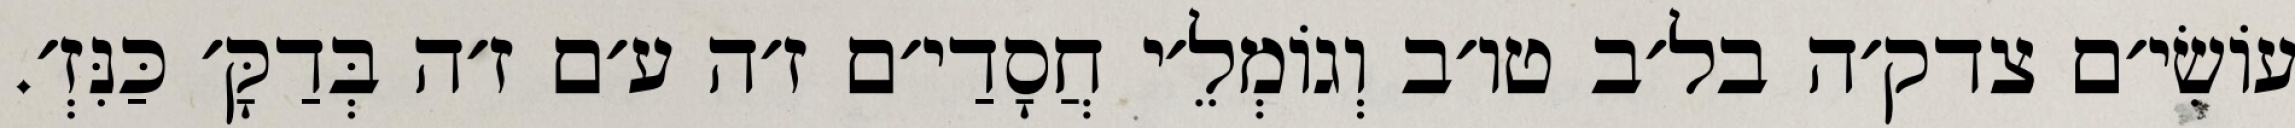
עוֹשִׂי׳ם צדק׳ה בל׳ב טו׳ב וְגוֹמְלֵ׳י חֲסָדַי׳ם ז׳ה ע׳ם ז׳ה בְּדַקָּ׳ כַּנִּזְ׳.